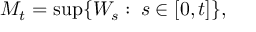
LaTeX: M _ { t } = \operatorname* { s u p } \{ W _ { s } \, \colon \, s \in [ 0 , t ] \} ,